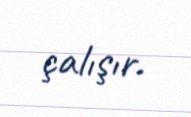
çalışır.